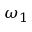
\omega _ { 1 }